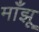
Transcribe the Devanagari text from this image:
माँझू